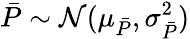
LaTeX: \bar{P}\sim\mathcal N(\mu_{\bar{P}},\sigma_{\bar{P}}^{2})